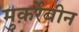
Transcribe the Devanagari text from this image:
मुक़र्रेबीन